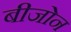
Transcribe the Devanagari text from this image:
बीजोन